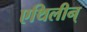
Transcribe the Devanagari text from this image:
एथिलीन्‌